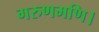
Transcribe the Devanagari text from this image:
गरुणमणि।